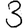
Digit: 3